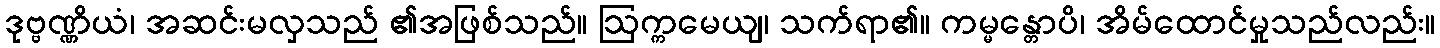
ဒုဗ္ဗဏ္ဏိယံ၊ အဆင်းမလှသည် ၏အဖြစ်သည်။ ဩက္ကမေယျ၊ သက်ရာ၏။ ကမ္မန္တောပိ၊ အိမ်ထောင်မှုသည်လည်း။